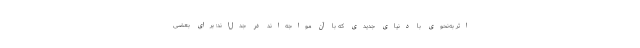
اثر به‌نحوی با دنیای جدیدی که با آن مواجه‌اند در جدل‌اند؛ برای بعضی